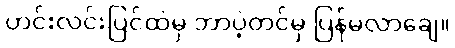
ဟင်းလင်းပြင်ထဲမှ ဘာပဲ့တင်မှ ပြန်မလာချေ။